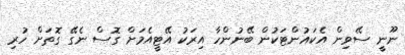
ނޫނީ ސޭވިން އެކައުންޓަކުން ބޭނުންހާ އިރަކު އޭޓީއެމަށް ގޮސް ނެގޭ ގޮތަށް ހުރި